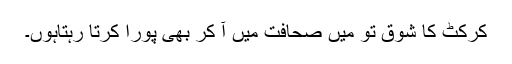
کرکٹ کا شوق تو میں صحافت میں آ کر بھی پورا کرتا رہتاہوں۔